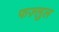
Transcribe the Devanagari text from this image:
फज़्लुल